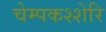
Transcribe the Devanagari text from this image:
चेम्पकश्शेरि